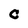
Character: C